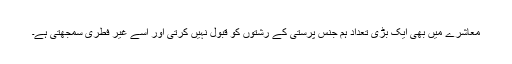
معاشرے میں بھی ایک بڑی تعداد ہم جنس پرستی کے رشتوں کو قبول نہیں کرتی اور اسے غیر فطری سمجھتی ہے۔